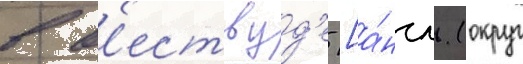
в в'ествуд'е [а́нгл. (округ